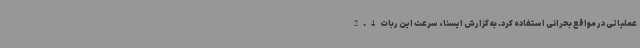
عملیاتی در مواقع بحرانی استفاده کرد. به گزارش ایسنا، سرعت این ربات2.4